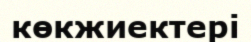
көкжиектері